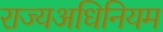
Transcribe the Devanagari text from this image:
राज्यअधिनियम